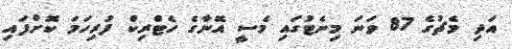
އަދި މެޗުގެ 87 ވަނަ މިނެޓުގައި މެސީ އޭނާގެ ހެޓްރިކް ފުރިހަމަ ކޮށްފައި